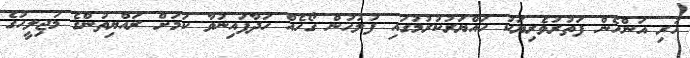
ހުރި އަންހެން ފަތުރުވެރިޔަކު ހައްޔަރުކުރުމުގައި ފުލުހުން ގޯހެއް ހަދާފައިނުވާ ކަމަށް ރައްޔިތުންގެ މަޖިލީހުގެ